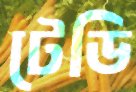
টেডি